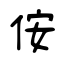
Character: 侒